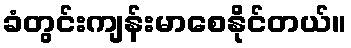
ခံတွင်းကျန်းမာစေနိုင်တယ်။